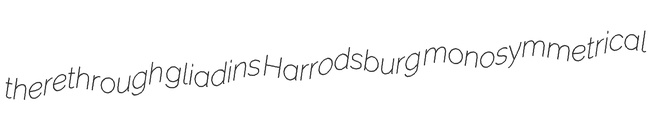
therethrough gliadins Harrodsburg monosymmetrical